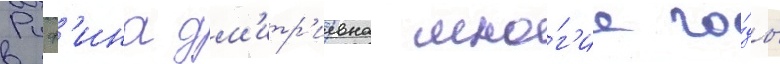
Руф'ина дм'итр'иевна мно́г'ие го́ды